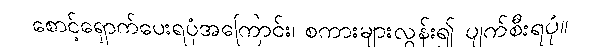
စောင့်ရှောက်ပေးရပုံအကြောင်း၊ စကားများလွန်း၍ ပျက်စီးရပုံ။